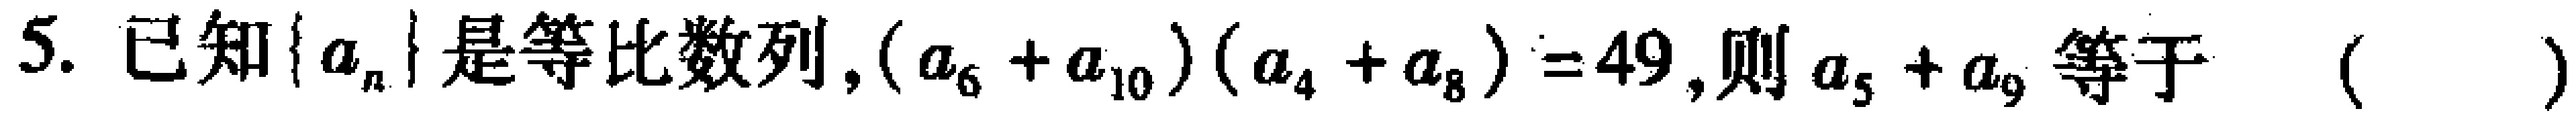
5. 已知\(\{ a_{n}\}\)是等比数列，\((a_{6} + a_{10})(a_{4} + a_{8}) = 49\)，则\(a_{5} + a_{9}\)等于（  ）